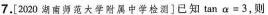
7.[2020湖南师范大学附属中学检测]已知$$\tan \alpha = 3$$，则